Vaccine operations Central Provinces 1868-1885 - 1868-1885
Year: 1868
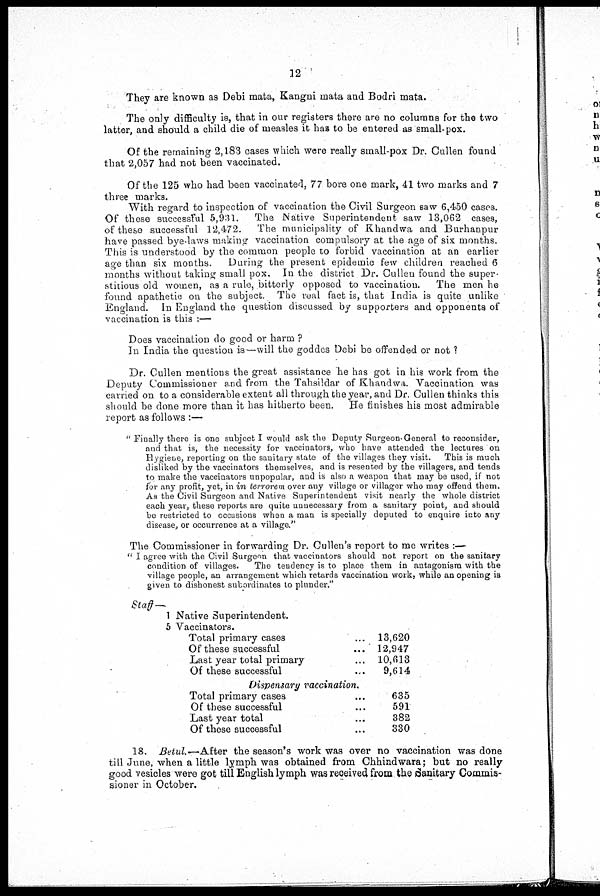
12
They are known as Debi mata, Kangni mata and Bodri mata.
The only difficulty is, that in our registers there are no columns for the two
latter, and should a child die of measles it has to be entered as small-pox.
Of the remaining 2,183 cases which were really small-pox Dr. Cullen found
that 2,057 had not been vaccinated.
Of the 125 who had been vaccinated, 77 bore one mark, 41 two marks and 7
three marks.
With regard to inspection of vaccination the Civil Surgeon saw 6,450 cases.
Of these successful 5,931. The Native Superintendent saw 13,062 cases,
of these successful 12,472. The municipality of Khandwa and Burhanpur
have passed bye-laws making vaccination compulsory at the age of six months.
This is understood by the common people to forbid vaccination at an earlier
age than six months.
During the present epidemic few children reached 6
months without taking small pox. In the district Dr. Culleu found the super-
stitious old women, as a rule, bitterly opposed to vaccination. The men he
found apathetic on the subject. The real fact is, that India is quite unlike
England. In England the question discussed by supporters and opponents of
vaccination is this :—
Does vaccination do good or harm ?
In India the question is—will the goddes Debi be offended or not ?
Dr. Cullen mentions the great assistance he has got in his work from the
Deputy Commissioner and from the Tahsildar of Khandwa. Vaccination was
carried on to a considerable extent all through the year, and Dr. Cullen thinks this
should be done more than it has hitherto been. He finishes his most admirable
report as follows :—
" Finally there is one subject I would ask the Deputy Surgeon General to reconsider,
and that is, the necessity for vaccinators, who have attended the lectures on
Hygiene, reporting on the sanitary state of the villages they visit. This is much
disliked by the vaccinators themselves, and is resented by the villagers, and tends
to make the vaccinators unpopular, and is also a weapon that may be used, if not
for any profit, yet, in in terrorem over any village or villager who may offend them.
As the Civil Surgeon and Native Superintendent visit nearly the whole district
each year, these reports are quite unnecessary from a sanitary point, and should
be restricted to occasions when a man is specially deputed to enquire into any
disease, or occurrence at a village."
The Commissioner in forwarding Dr. Cullen's report to me writes :—
" I agree with the Civil Surgeon that vaccinators should not report on the sanitary
condition of villages.
The tendency is to place them in antagonism with the
village people, an arrangement which retards vaccination work, while an opening is
given to dishonest subordinates to plunder."
Staff—
1 Native Superintendent.
5 Vaccinators.
Total primary cases... ...
Of these successful... ...
Last year total primary... ...
Of these successful... ...
Dispensary vaccination
Total primary cases... ...
Of these successful... ...
Last year total... ...
Of these successful... ...
13,620
12,947
10,613
9,614
635
591
382
330
18. Betul.— After the season's work was over no vaccination was done
till June, when a little lymph was obtained from Chhindwara; but no really
good vesicles were got till English lymph was received from the Sanitary Commis-
sioner in October.